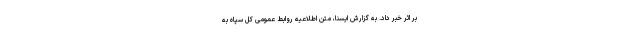
بر اثر خبر داد. به گزارش ایسنا، متن اطلاعیه روابط عمومی کل سپاه به